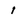
Character: 1